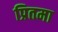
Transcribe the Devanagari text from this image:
प्रितमा